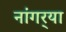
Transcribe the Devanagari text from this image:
नांगर्‍या